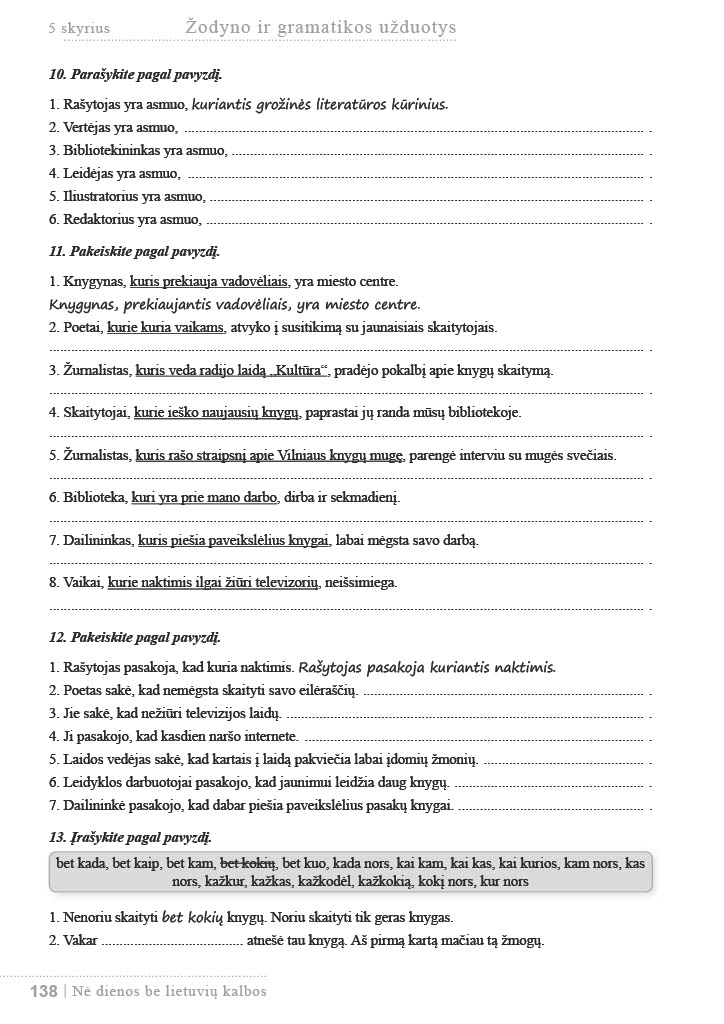
Language: lt